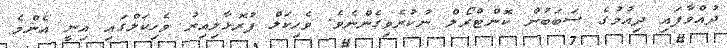
ދުއްވާފައި ދިއުމުގެ ސަބަބުން ކޮންޓްރޯލް ނުކުރެވިގެންނެވެ. ވެހިކަލް ފުރޮޅާލިއިރު ވެހިކަލްގައި އިނީ އެންމެ